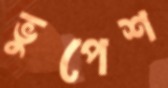
ভুপেশ